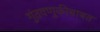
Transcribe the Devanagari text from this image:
गुंतवणुकीबाबत